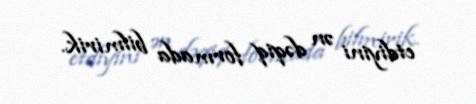
etdiyini ən dəqiq formada bilmirik.